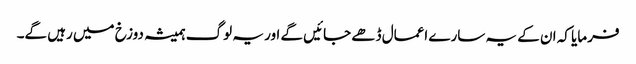
فرمایا کہ ان کے یہ سارے اعمال ڈھے جائیں گے اور یہ لوگ ہمیشہ دوزخ میں رہیں گے۔